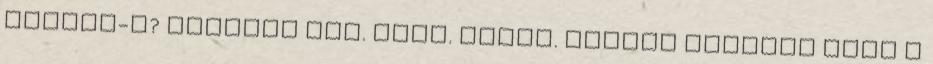
láttad-e? legenda kél. Élet. halál. Alatta sokszor állt a